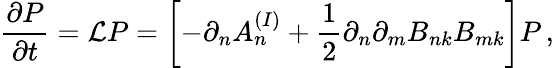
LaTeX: \frac{\partial P}{\partial t}=\mathcal{L}P=\left[-\partial_{n}A_{n}^{(I)}+\frac{1}{2}\partial_{n}\partial_{m}B_{nk}B_{mk}\right]P\, ,